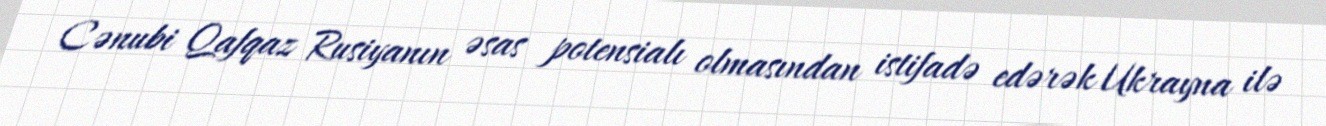
Cənubi Qafqaz Rusiyanın əsas potensialı olmasından istifadə edərək Ukrayna ilə